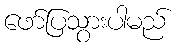
ဖော်ပြသွားပါမည်